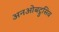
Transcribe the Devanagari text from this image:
अनओबट्रुसिव